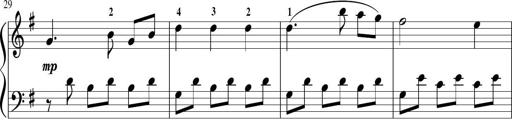
Title: Sonatina in G major
Composer: Friedrich Kuhlau
Key: G major